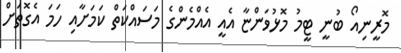
މޮރީނިއޯ ބުނީ ޓީމު މޮޅުވަންޏާ އެއީ އެއްމެންގެ މަސައްކަތް ކަމަށާއި ހަމަ އެގޮތަށް